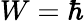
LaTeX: W=\hbar